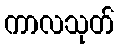
ကာလသုတ်